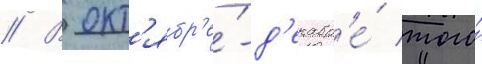
// В окт'ябр'е́-д'екабр'е́ того́